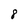
Character: 8